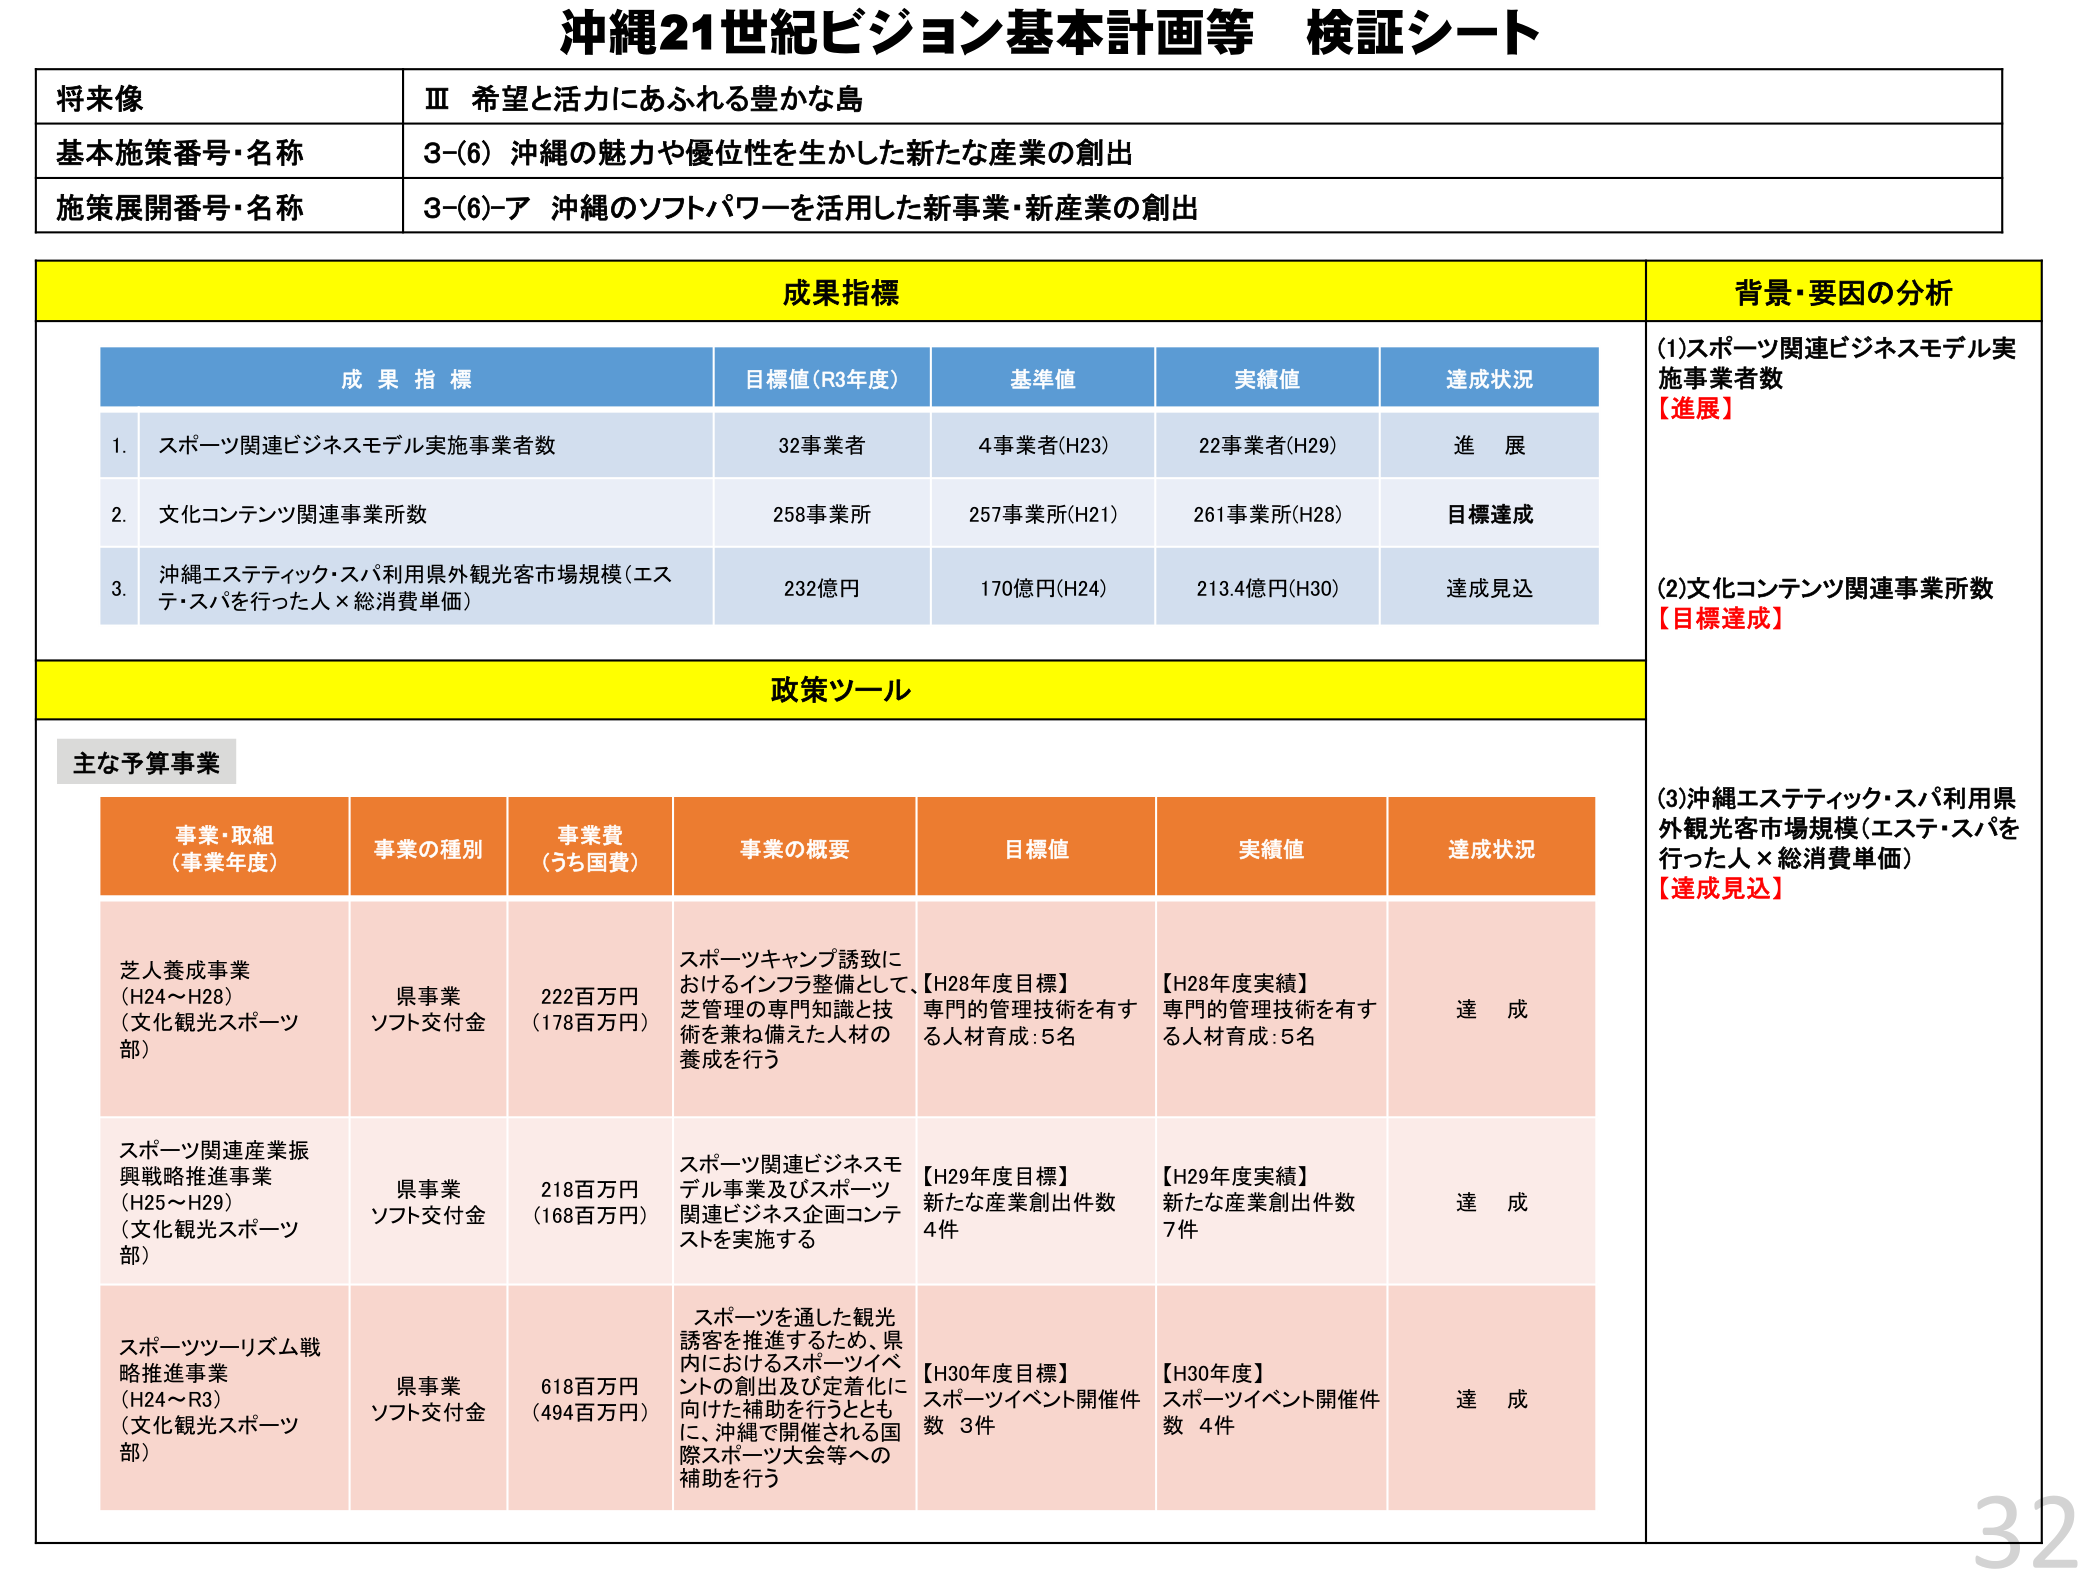
沖縄21世紀ビジョン基本計画等 検証シート

将来像
Ⅲ 希望と活力にあふれる豊かな島

基本施策番号・名称
3-(6) 沖縄の魅力や優位性を生かした新たな産業の創出

施策展開番号・名称
3-(6)-ア 沖縄のソフトパワーを活用した新事業・新産業の創出

成果指標
背景・要因の分析

成果指標
目標値(R3年度)
基準値
実績値
達成状況

1. スポーツ関連ビジネスモデル実施事業者数
32事業者
4事業者(H23)
22事業者(H29)
進展

2. 文化コンテンツ関連事業所数
258事業所
257事業所(H21)
261事業所(H28)
目標達成

3. 沖縄エステティック・スパ利用県外観光客市場規模（エステ・スパを行った人×総消費単価）
232億円
170億円(H24)
213.4億円(H30)
達成見込

(1)スポーツ関連ビジネスモデル実施事業者数
【進展】

(2)文化コンテンツ関連事業所数
【目標達成】

(3)沖縄エステティック・スパ利用県外観光客市場規模（エステ・スパを行った人×総消費単価）
【達成見込】

政策ツール

主な予算事業

事業・取組（事業年度）
事業の種別
事業費（うち国費）
事業の概要
目標値
実績値
達成状況

芝人養成事業（H24～H28）（文化観光スポーツ部）
県事業 ソフト交付金
222百万円（178百万円）
スポーツキャンプ誘致におけるインフラ整備として、芝管理の専門知識と技術を兼ね備えた人材の養成を行う
【H28年度目標】専門的管理技術を有する人材育成：5名
【H28年度実績】専門的管理技術を有する人材育成：5名
達成

スポーツ関連産業振興戦略推進事業（H25～H29）（文化観光スポーツ部）
県事業 ソフト交付金
218百万円（168百万円）
スポーツ関連ビジネスモデル事業及びスポーツ関連ビジネス企画コンテストを実施する
【H29年度目標】新たな産業創出件数 4件
【H29年度実績】新たな産業創出件数 7件
達成

スポーツツーリズム戦略推進事業（H24～R3）（文化観光スポーツ部）
県事業 ソフト交付金
618百万円（494百万円）
スポーツを通した観光誘客を推進するため、県内におけるスポーツイベントの創出及び定着化に向けた補助を行うとともに、沖縄で開催される国際スポーツ大会等への補助を行う
【H30年度目標】スポーツイベント開催件数 3件
【H30年度】スポーツイベント開催件数 4件
達成

32